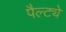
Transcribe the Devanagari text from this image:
पैल्ट्ये